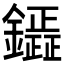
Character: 𮣟